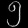
Digit: ၅